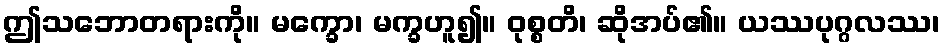
ဤသဘောတရားကို။ မက္ခော၊ မက္ခဟူ၍။ ဝုစ္စတိ၊ ဆိုအပ်၏။ ယဿပုဂ္ဂလဿ၊